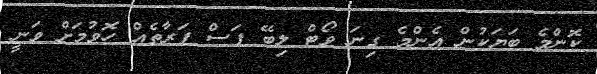
ކޮންމެ ބަޔަކުން އެންމެ ގިނަ ވޯޓް ލިބޭ ފަސް ފަރާތެއް ހޮވުމަށް ވަނީ